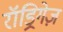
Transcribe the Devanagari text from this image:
रॉड्रिगेज़